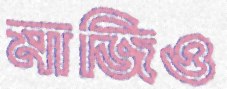
মাজিও